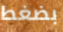
بضغط